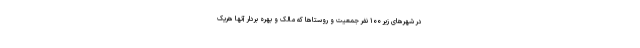
در شهرهای زیر ۱۰۰ نفر جمعیت و روستاها که مالک و بهره بردار آنها هریک